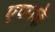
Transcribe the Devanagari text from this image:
एफाके